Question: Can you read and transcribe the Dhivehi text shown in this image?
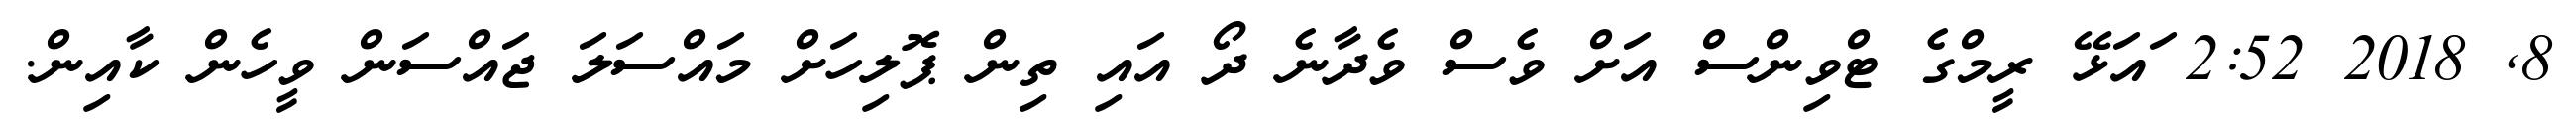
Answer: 8, 2018 2:52 ައަޅޭ ރީމްގެ ޓްވިންސް އަށް ވެސް ވެދާނެ ދޯ އައި ތިން ޕޮލިހަށް މައްސަލަ ޖައްސަން ވީހެން ކާއިން.